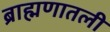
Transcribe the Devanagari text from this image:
ब्राह्मणातली